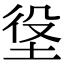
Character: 垼